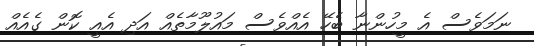
ނަމަވެސް އެ މީހުންނާ ބެހޭ އެއްވެސް މައުލޫމާތެއް އަދި އެއީ ކޮން ގެއެއް